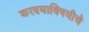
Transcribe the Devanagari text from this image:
करण्याविषयीचे